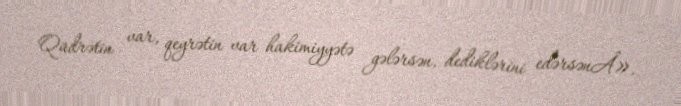
Qüdrətin var, qeyrətin var hakimiyyətə gələrsən, dediklərini edərsənÂ».